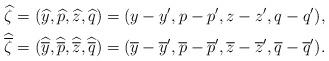
LaTeX: \begin{align*}&\widehat \zeta=(\widehat y,\widehat p,\widehat z,\widehat q)=(y- y',p-p',z-z',q-q'),\\&\widehat{\overline \zeta}=(\widehat{\overline y},\widehat{\overline p},\widehat{\overline z},\widehat{\overline q})=(\overline y-\overline y',\overline p-\overline p',\overline z-\overline z',\overline q-\overline q').\end{align*}